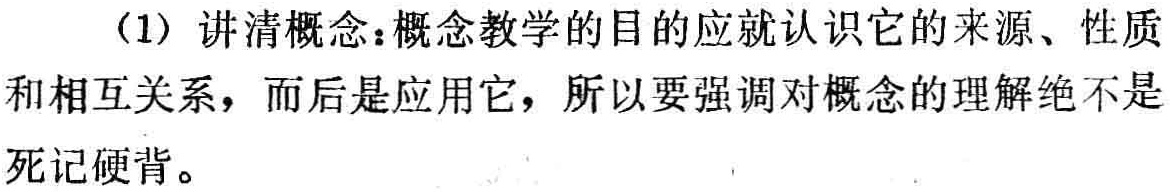
（1）讲清概念：概念教学的目的应就认识它的来源、性质和相互关系，而后是应用它，所以要强调对概念的理解绝不是死记硬背。